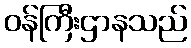
ဝန်ကြီးဌာနသည်